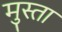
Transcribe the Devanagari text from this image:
मुस्ता